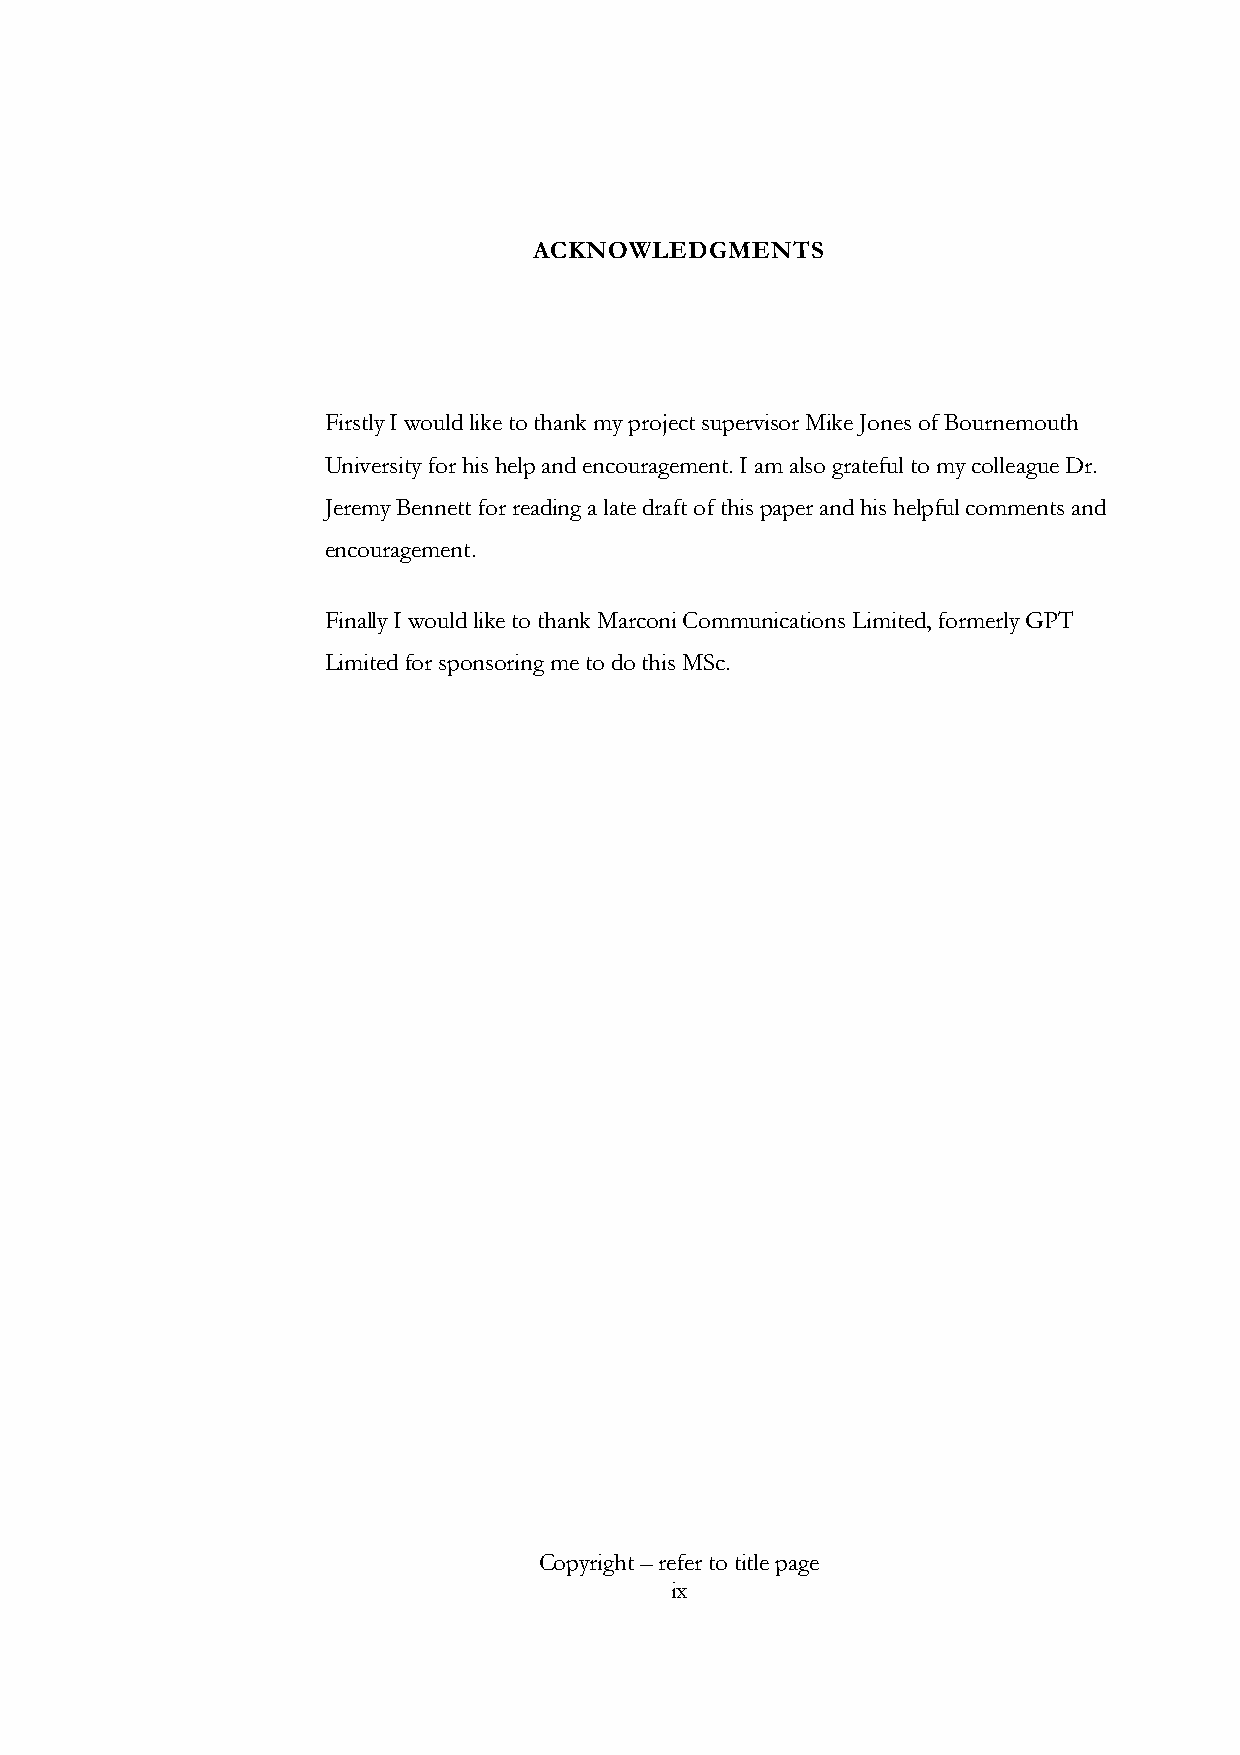
ACKNOWLEDGMENTS
 Firstly I would like to thank my project supervisor Mike Jones of Bournemouth
 University for his help and encouragement. I am also grateful to my colleague Dr.
 Jeremy Bennett for reading a late draft of this paper and his helpful comments and
 encouragement.
 Finally I would like to thank Marconi Communications Limited, formerly GPT
 Limited for sponsoring me to do this MSc.
 Copyright – refer to title page
 ix